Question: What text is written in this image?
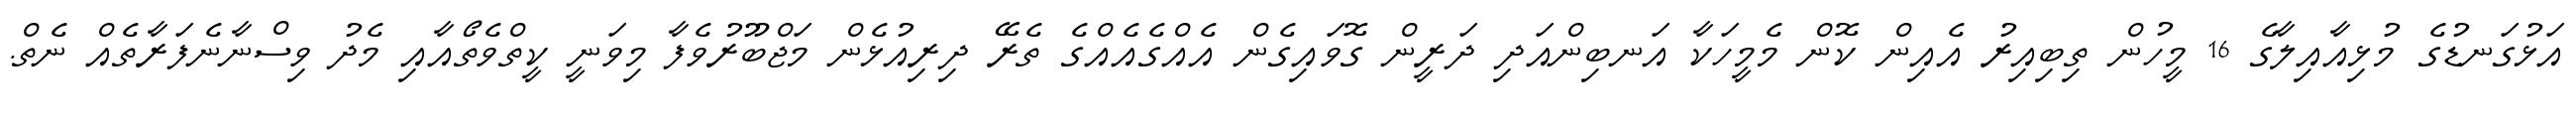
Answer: އަޅުގަނޑުގެ މުޅިއާއިލާގެ 16 މީހުން ތިބިއިރު އެއިން ކޮން މެމީހަކާ އަނބިންއަދި ދަރީން ގޮވައިގެން އެއްގެއެއްގެ ތެރޭ ދިރިއުޅެން މަޖްބޫރުވެފާ މިވަނީ ކީތްވެތޯއާއި މެދު ވިސްނާނެފަރާތެއް ނެތް.